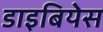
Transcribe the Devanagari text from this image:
डाइबियेस